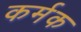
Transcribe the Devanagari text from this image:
कर्मक